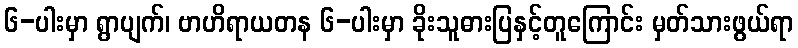
၆-ပါးမှာ ရွာပျက်၊ ဗာဟိရာယတန ၆-ပါးမှာ ခိုးသူဓားပြနှင့်တူကြောင်း မှတ်သားဖွယ်ရာ